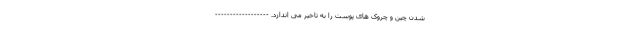
شدن چین و چروک های پوست را به تاخیر می اندازد. ------------------